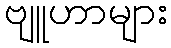
ဗျူဟာများ